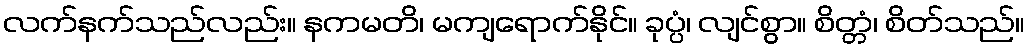
လက်နက်သည်လည်း။ နကမတိ၊ မကျရောက်နိုင်။ ခုပ္ပံ၊ လျင်စွာ။ စိတ္တံ၊ စိတ်သည်။